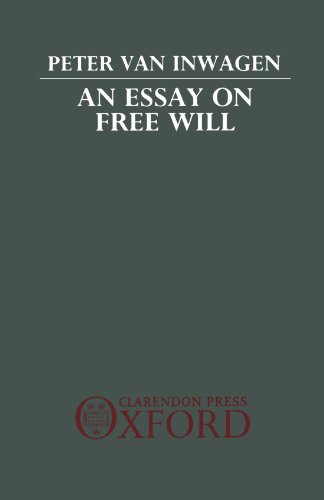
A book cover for An Essay on Free Will; Peter van Inwagen; Politics & Social Sciences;